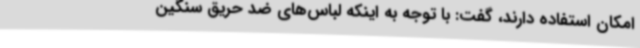
امکان استفاده دارند، گفت: با توجه به اینکه لباس‌های ضد حریق سنگین